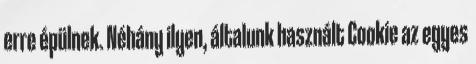
erre épülnek. Néhány ilyen, általunk használt Cookie az egyes